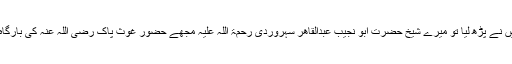
علمِ ظاہری میں جو کچھ تھا وہ میں نے پڑھ لیا تو میرے شیخ حضرت ابو نجیب عبدالقاھر سہروردی رحمۃ اللہ علیہ مجھے حضور غوثِ پاک رضی اللہ عنہ کی بارگاہ میں لے کر گئے اور عرض کیا۔